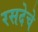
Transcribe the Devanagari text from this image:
रसदेचे